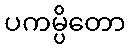
ပကမ္ပိတော